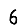
Digit: 6